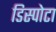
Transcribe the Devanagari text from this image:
डिस्पोटा